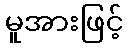
မူအားဖြင့်